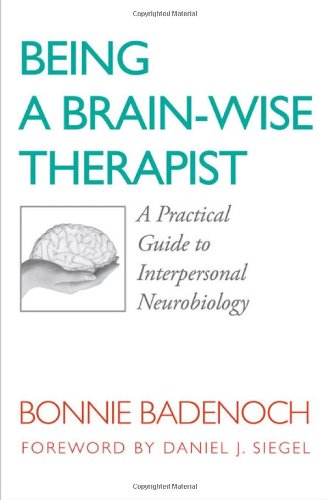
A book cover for Being a Brain-Wise Therapist: A Practical Guide to Interpersonal Neurobiology (Norton Series on Interpersonal Neurobiology); Bonnie Badenoch; Medical Books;